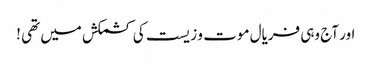
اور آج وہی فریال موت و زیست کی کشمکش میں تھی !